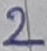
Text: 2